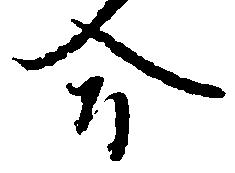
合